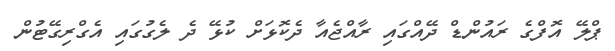
ޕްލޭ އޮފްގެ ރައުންޑް ދޭއްގައި ރާއްޖެއާ ދެކޮޅަށް ކުޅޭ ދެ ލެގުގައި އެގްރިގޭޓުން